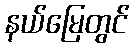
နယ်မြေတွင်